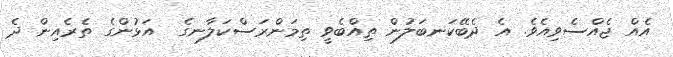
އެއް ޖެއްސެވިއެވެ. އެ ދެބޭކަނބަލުން ތިއްބެވީ ތިމަންރަސްކަލާނގެ  އަޅުންގެ ތެރެއިން ދެ